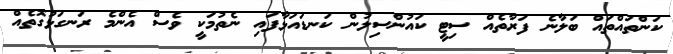
ކަންތައްތައް ބަލާނެ ފަރާތެއް ސިޓީ ކައުންސިލުން ކަނޑައަޅާފައި ނެތުމަކީ ވެސް އެންމެ ރަނގަޅުގޮތެއް